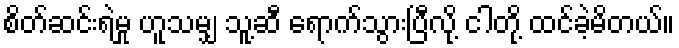
စိတ်ဆင်းရဲမှု ဟူသမျှ သူ့ဆီ ရောက်သွားပြီလို့ ငါတို့ ထင်ခဲ့မိတယ်။